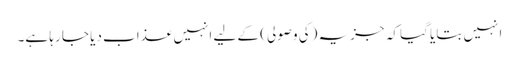
انہیں بتایا گیا کہ جزیہ (کی وصولی) کے لیے انہیں عذاب دیا جا رہا ہے۔